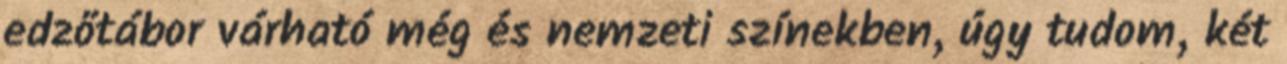
edzőtábor várható még és nemzeti színekben, úgy tudom, két